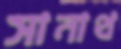
সানাথ